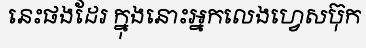
នេះផងដែរ ក្នុងនោះអ្នកលេងហ្វេសប៊ុក